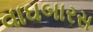
વાઘબારસ